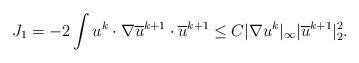
LaTeX: \begin{align*}J_1= -2\int u^k \cdot \nabla \overline{u}^{k+1} \cdot \overline{u}^{k+1}\leq C|\nabla u^k|_\infty | \overline{u}^{k+1}|^2_2.\end{align*}